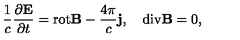
\frac 1 c \frac { \partial { \bf E } } { \partial t } = \mathrm { r o t } { \bf B } - \frac { 4 \pi } { c } { \bf j } , \quad \mathrm { d i v } { \bf B } = 0 ,